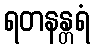
ရတနန္တရံ